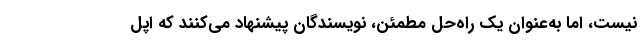
نیست، اما به‌عنوان یک راه‌حل مطمئن، نویسندگان پیشنهاد می‌کنند که اپل